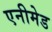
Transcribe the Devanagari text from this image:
एनीमेड